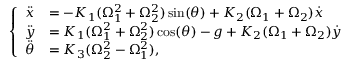
\left\{ \begin{array} { l l } { \ddot { x } } & { = - K _ { 1 } ( \Omega _ { 1 } ^ { 2 } + \Omega _ { 2 } ^ { 2 } ) \sin ( \theta ) + K _ { 2 } ( \Omega _ { 1 } + \Omega _ { 2 } ) \dot { x } } \\ { \ddot { y } } & { = K _ { 1 } ( \Omega _ { 1 } ^ { 2 } + \Omega _ { 2 } ^ { 2 } ) \cos ( \theta ) - g + K _ { 2 } ( \Omega _ { 1 } + \Omega _ { 2 } ) \dot { y } } \\ { \ddot { \theta } } & { = K _ { 3 } ( \Omega _ { 2 } ^ { 2 } - \Omega _ { 1 } ^ { 2 } ) , } \end{array} \right.